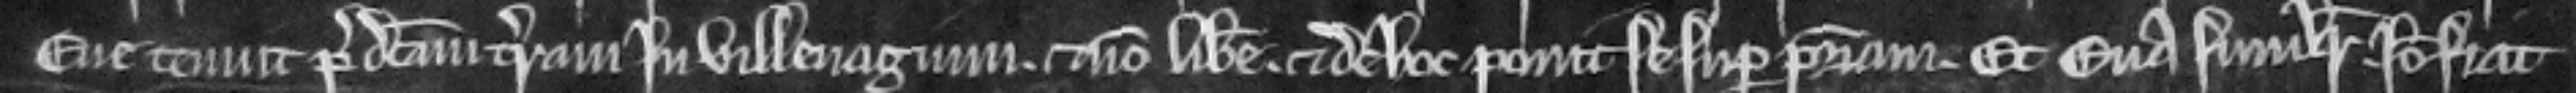
Eve tenuit predictam terram in villenagio et non libere et de hoc ponit se super patriam. Et Eva similiter. Ideo fiat